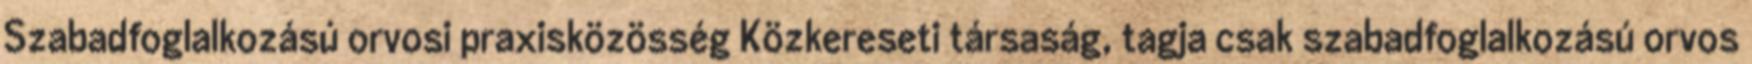
Szabadfoglalkozású orvosi praxisközösség Közkereseti társaság, tagja csak szabadfoglalkozású orvos